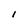
Character: I